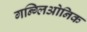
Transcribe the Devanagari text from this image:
गन्ग्लिओनिक